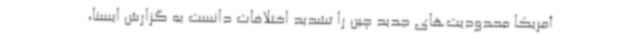
آمریکا محدودیت‌های جدید چین را تشدید اختلافات دانست به گزارش ایسنا،